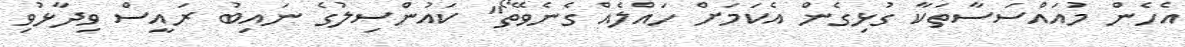
އެހެން މުއައްސަސާތަކާ ގުޅިގެން އެކަމަށް ހައްލެއް ގެނެވޭތޯ" ކައުންސިލުގެ ނައިބު ރައީސް ވިދާޅުވި